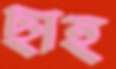
ছাহ